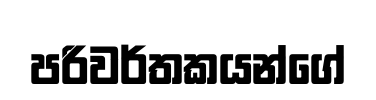
පරිවර්තකයන්ගේ